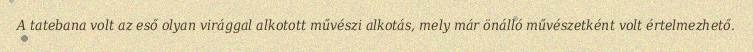
A tatebana volt az eső olyan virággal alkotott művészi alkotás, mely már önálló művészetként volt értelmezhető.